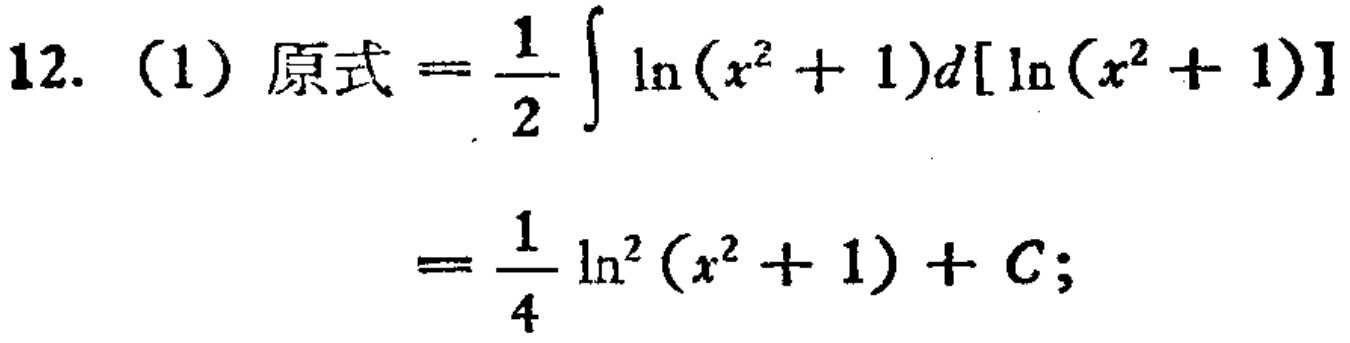
12. (1) 原式$=\frac{1}{2}\int \ln(x^{2}+1)d[\ln(x^{2}+1)]$
$=\frac{1}{4}\ln^{2}(x^{2}+1)+C;$